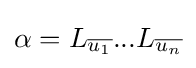
\alpha =L_{\overline {u_{1}}}...L_{\overline {u_{n}}}